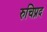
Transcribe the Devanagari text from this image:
रुचिप्रद